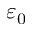
\varepsilon _ { 0 }